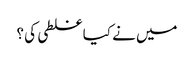
میں نے کیا غلطی کی ؟